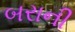
બરાની